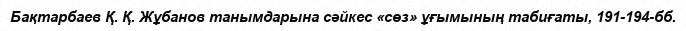
Бақтарбаев Қ. Қ. Жұбанов танымдарына сәйкес «сөз» ұғымының табиғаты, 191-194-бб.